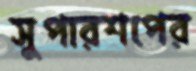
সুপারশপের